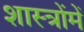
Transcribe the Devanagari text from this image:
शास्‍त्रोंमें